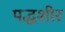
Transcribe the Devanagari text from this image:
पद्धशीर